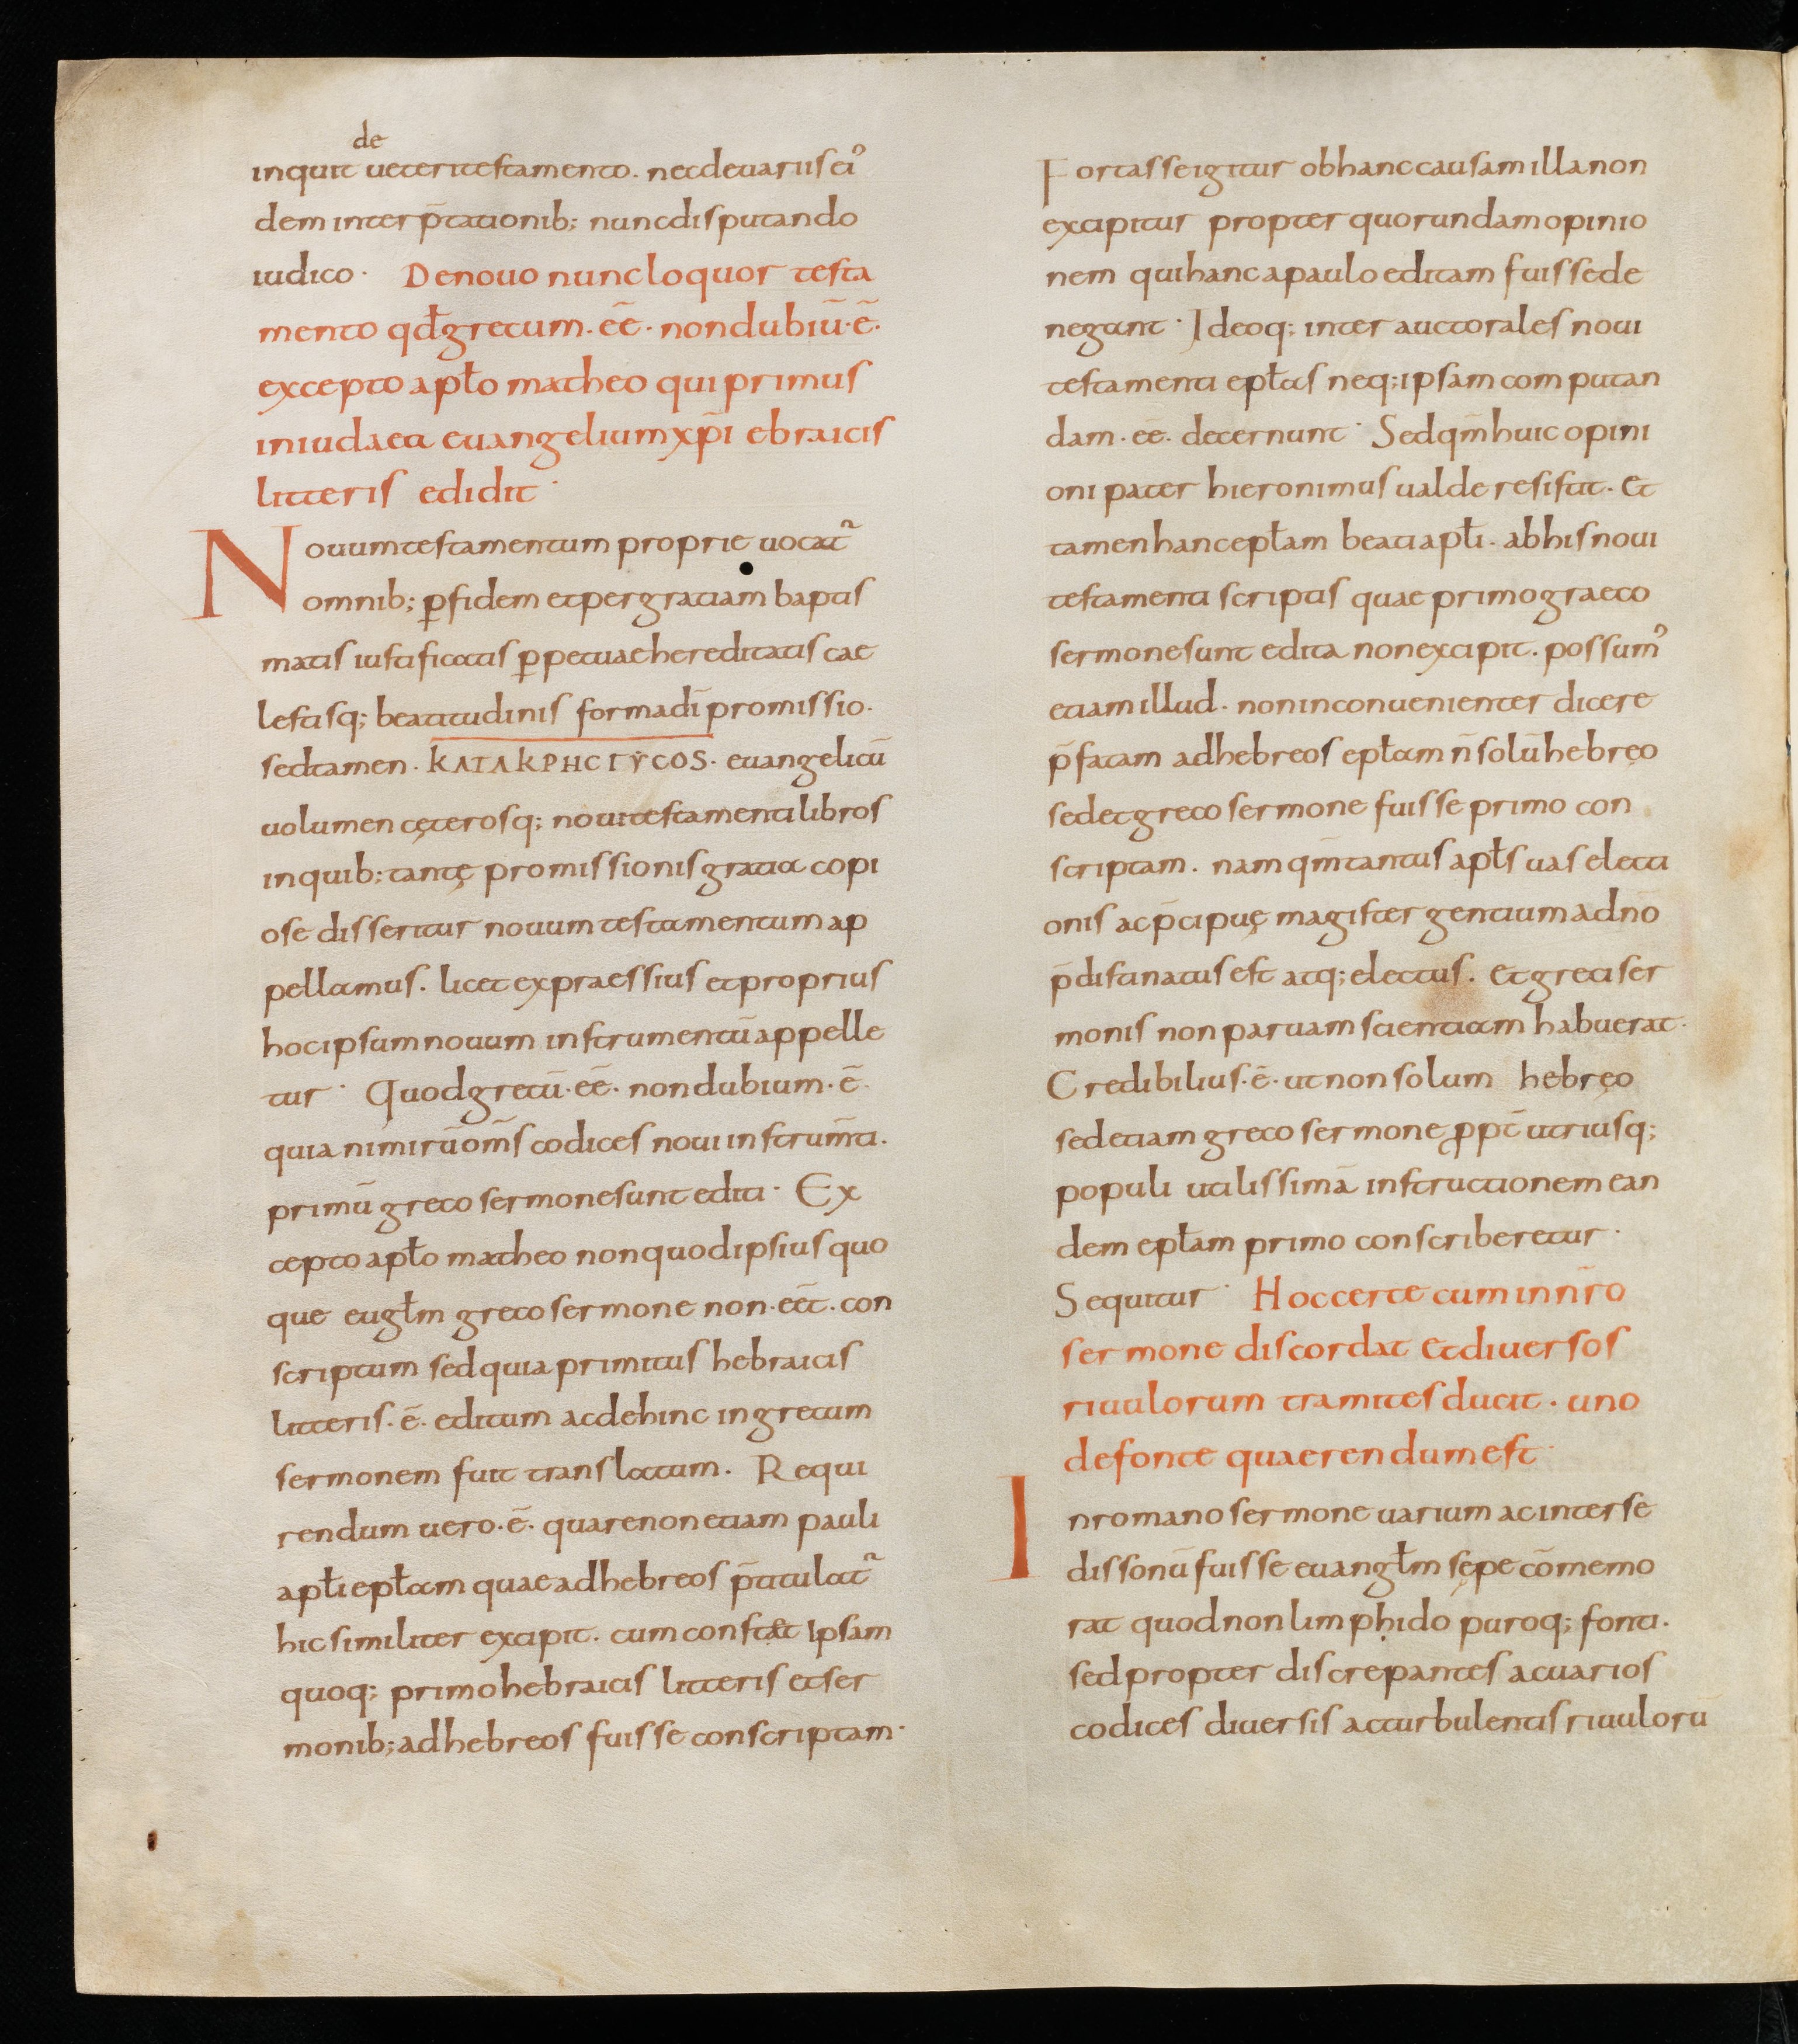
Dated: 867–899